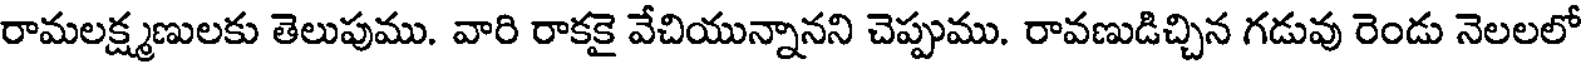
రామలక్ష్మణులకు తెలుపుము. వారి రాకకై వేచియున్నానని చెప్పుము. రావణుడిచ్చిన గడువు రెండు నెలలలో